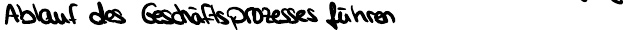
Ablauf des Geschäftsprozesses führen